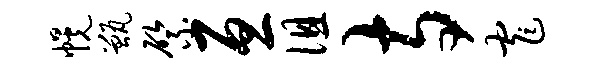
幌甑綮亘徂寺窄